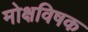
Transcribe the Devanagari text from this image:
मोक्षविषक